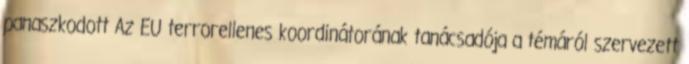
panaszkodott Az EU terrorellenes koordinátorának tanácsadója a témáról szervezett